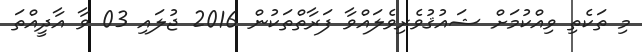
މި ތަކެތި ވިއްކުމަށް ޝައުޤުވެރިވެލައްވާ ފަރާތްތަކުން 2016 ޖުލައި 03 ވާ އާދީއްތަ